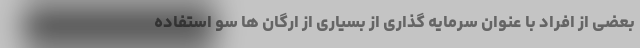
بعضی از افراد با عنوان سرمایه گذاری از بسیاری از ارگان ها سو استفاده